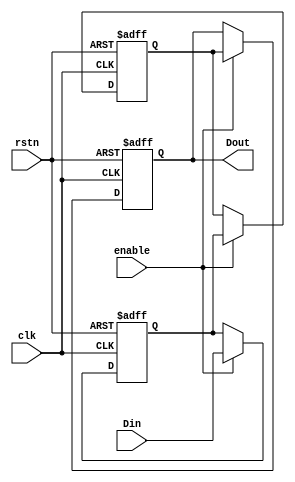
module dual_ff_detector (
    input wire clk,         // Clock signal
    input wire rstn,       // Asynchronous reset (active low)
    input wire enable,      // Enable signal
    input wire Din,        // Input signal to be monitored
    output reg Dout        // Output signal indicating detected pattern
);

// Internal signals
reg ff1, ff2;

// Always block for the dual flip-flop operation
always @(posedge clk or negedge rstn) begin
    if (!rstn) begin
        // Asynchronous reset
        ff1 <= 1'b0;
        ff2 <= 1'b0;
        Dout <= 1'b0;
    end else if (enable) begin
        // Capture the input signal
        ff1 <= Din;      // Sample the input signal on the rising edge of clk
        ff2 <= ff1;      // Sample ff1 on the next clock cycle
        Dout <= ff2;     // Output the value of ff2
    end
end

endmodule